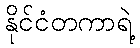
နိုင်ငံတကာရဲ့